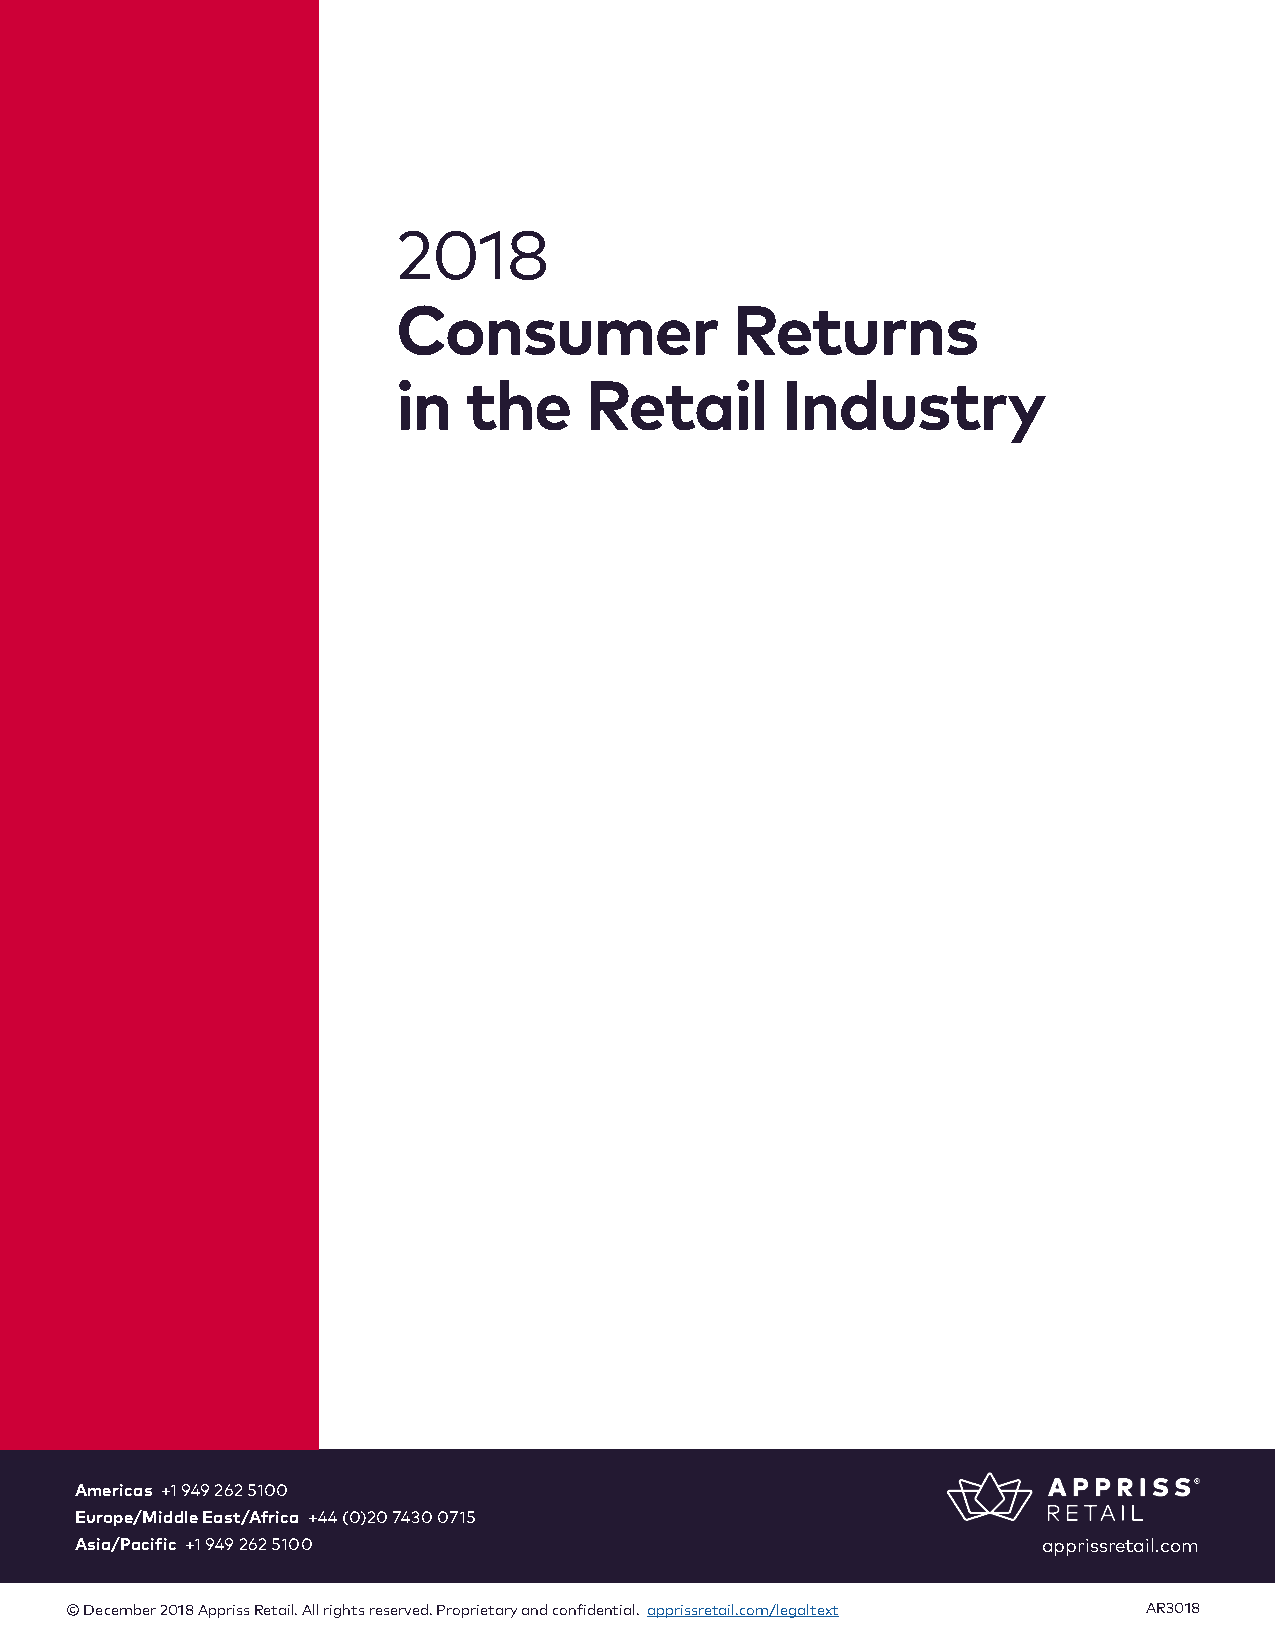
2018
 Consumer              Returns
 in   the     Retail       Industry
 Americas +1 949 262 5100
 Europe/Middle East/Africa +44 (0)20 7430 0715
 Asia/Pacific +1 949 262 5100                                    apprissretail.com
 © December 2018 Appriss Retail. All rights reserved. Proprietary and confidential. apprissretail.com/legaltext AR3018